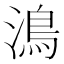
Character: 𩾯